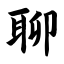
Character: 聊